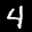
Digit: 4